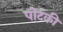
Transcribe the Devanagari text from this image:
पोर्टकी